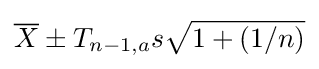
{\overline {X}}\pm T_{n-1,a}s{\sqrt {1+(1/n)}}